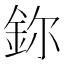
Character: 鉨